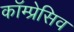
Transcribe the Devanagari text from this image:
कॉम्प्रेसिव